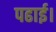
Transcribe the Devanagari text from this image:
पढाई।